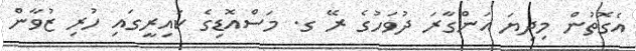
އެގޮތުން މިދިޔަ އަންގާރަ ދުވަހުގެ ރޭ ގ. މަސްއޮޑިގެ ކައިރީގައި ހުރި ޒުވާން